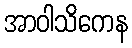
အာဝါသိကေန